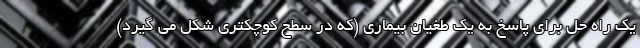
یک راه حل برای پاسخ به یک طغیان بیماری (که در سطح کوچکتری شکل می گیرد)